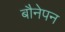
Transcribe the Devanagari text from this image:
बौनेपन